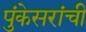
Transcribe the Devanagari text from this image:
पुंकेसरांची